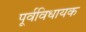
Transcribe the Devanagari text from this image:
पूर्वविधायक